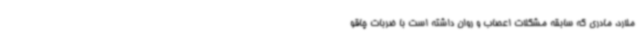
ملارد، مادری که سابقه مشکلات اعصاب و روان داشته است با ضربات چاقو